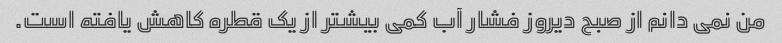
من نمی دانم از صبح دیروز فشار آب کمی بیشتر از یک قطره کاهش یافته است.